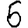
Digit: 6